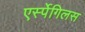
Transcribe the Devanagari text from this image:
एर्स्पेगिलस